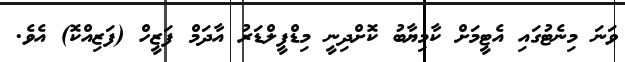
ވަނަ މިނެޓުގައި އެޓީމަށް ކާމިޔާބު ކޮށްދިނީ މިޑްފީލްޑަރު އާދަމް ފަޒީހް (ފަޒިއްކޮ) އެވެ.